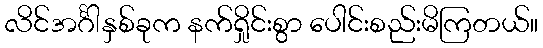
လိင်အင်္ဂါနှစ်ခုက နက်ရှိုင်းစွာ ပေါင်းစည်းမိကြတယ်။